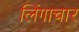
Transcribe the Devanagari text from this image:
लिंगाचार